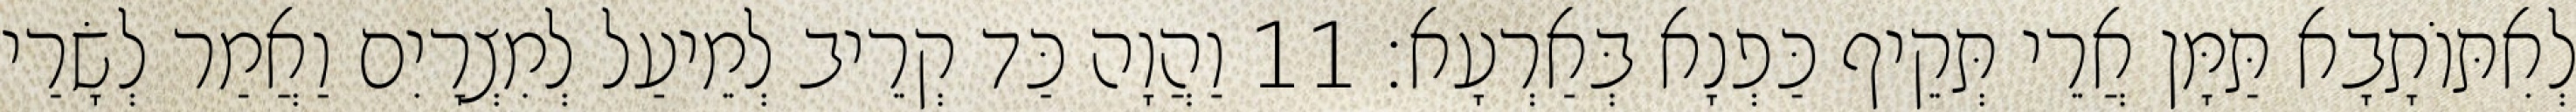
לְאִתּוֹתָבָא תַּמָּן אֲרֵי תְּקֵיף כַּפְנָא בְּאַרְעָא׃ 11 וַהֲוָה כַּד קְרֵיב לְמֵיעַל לְמִצְרָיִם וַאֲמַר לְשָׂרַי